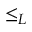
\le _ { L }